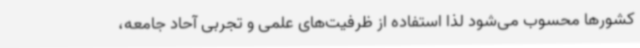
کشورها محسوب می‌شود لذا استفاده از ظرفیت‌های علمی و تجربی آحاد جامعه،